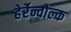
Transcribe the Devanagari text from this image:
हेर्रेन्वोल्क